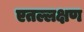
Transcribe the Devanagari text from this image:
एतल्लक्षण